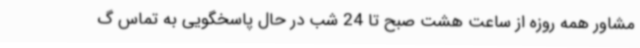
مشاور همه روزه از ساعت هشت صبح تا 24 شب در حال پاسخگویی به تماس گ